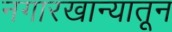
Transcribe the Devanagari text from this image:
नगारखान्यातून